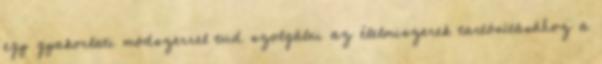
egy gyakorlati módszerrel tud szolgálni az élelmiszerek tartósításához a